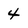
Character: 4